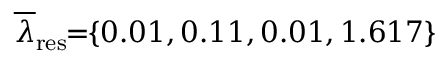
\! \! \! \! \! \! \! \! \! \overline { { \lambda } } _ { \mathrm { { r e s } } } \! \! = \! \! \{ 0 . 0 1 , 0 . 1 1 , 0 . 0 1 , 1 . 6 1 7 \} \! \! \!